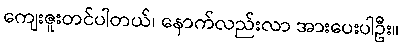
ကျေးဇူးတင်ပါတယ်၊ နောက်လည်းလာ အားပေးပါဦး။